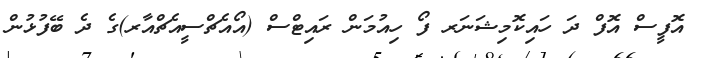
އޮފީސް އޮފް ދަ ހައިކޮމިޝަނަރ ފޯ ހިއުމަން ރައިޓްސް (އޯއެޗްސީއެޗްއާރ)ގެ ދެ ބޭފުޅުން